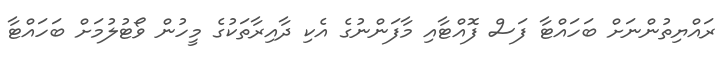
ރައްޔިތުންނަށް ބަހައްޓާ ފަސް ފޮއްޓާއި މާފަންނުގެ އެކި ދާއިރާތަކުގެ މީހުން ވޯޓުލުމަށް ބަހައްޓާ